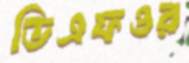
ডিএফওর